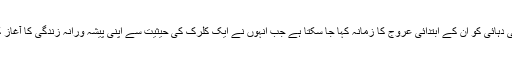
ستر کی دہائی کو اُن کے ابتدائی عروج کا زمانہ کہا جا سکتا ہے جب اُنہوں نے ایک کلرک کی حیثیت سے اپنی پیشہ ورانہ زندگی کا آغاز کیا تھا۔